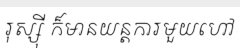
រុស្ស៊ី ក៏មានយន្តការមួយហៅ